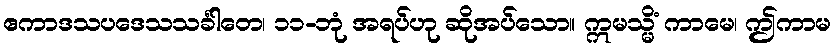
ဧကာဒသပဒေသသင်္ခါတေ၊ ၁၁-ဘုံ အရပ်ဟု ဆိုအပ်သော။ ဣမသ္မိံ ကာမေ၊ ဤကာမ